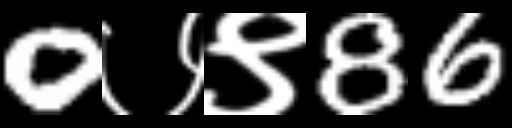
Text: 0७९86